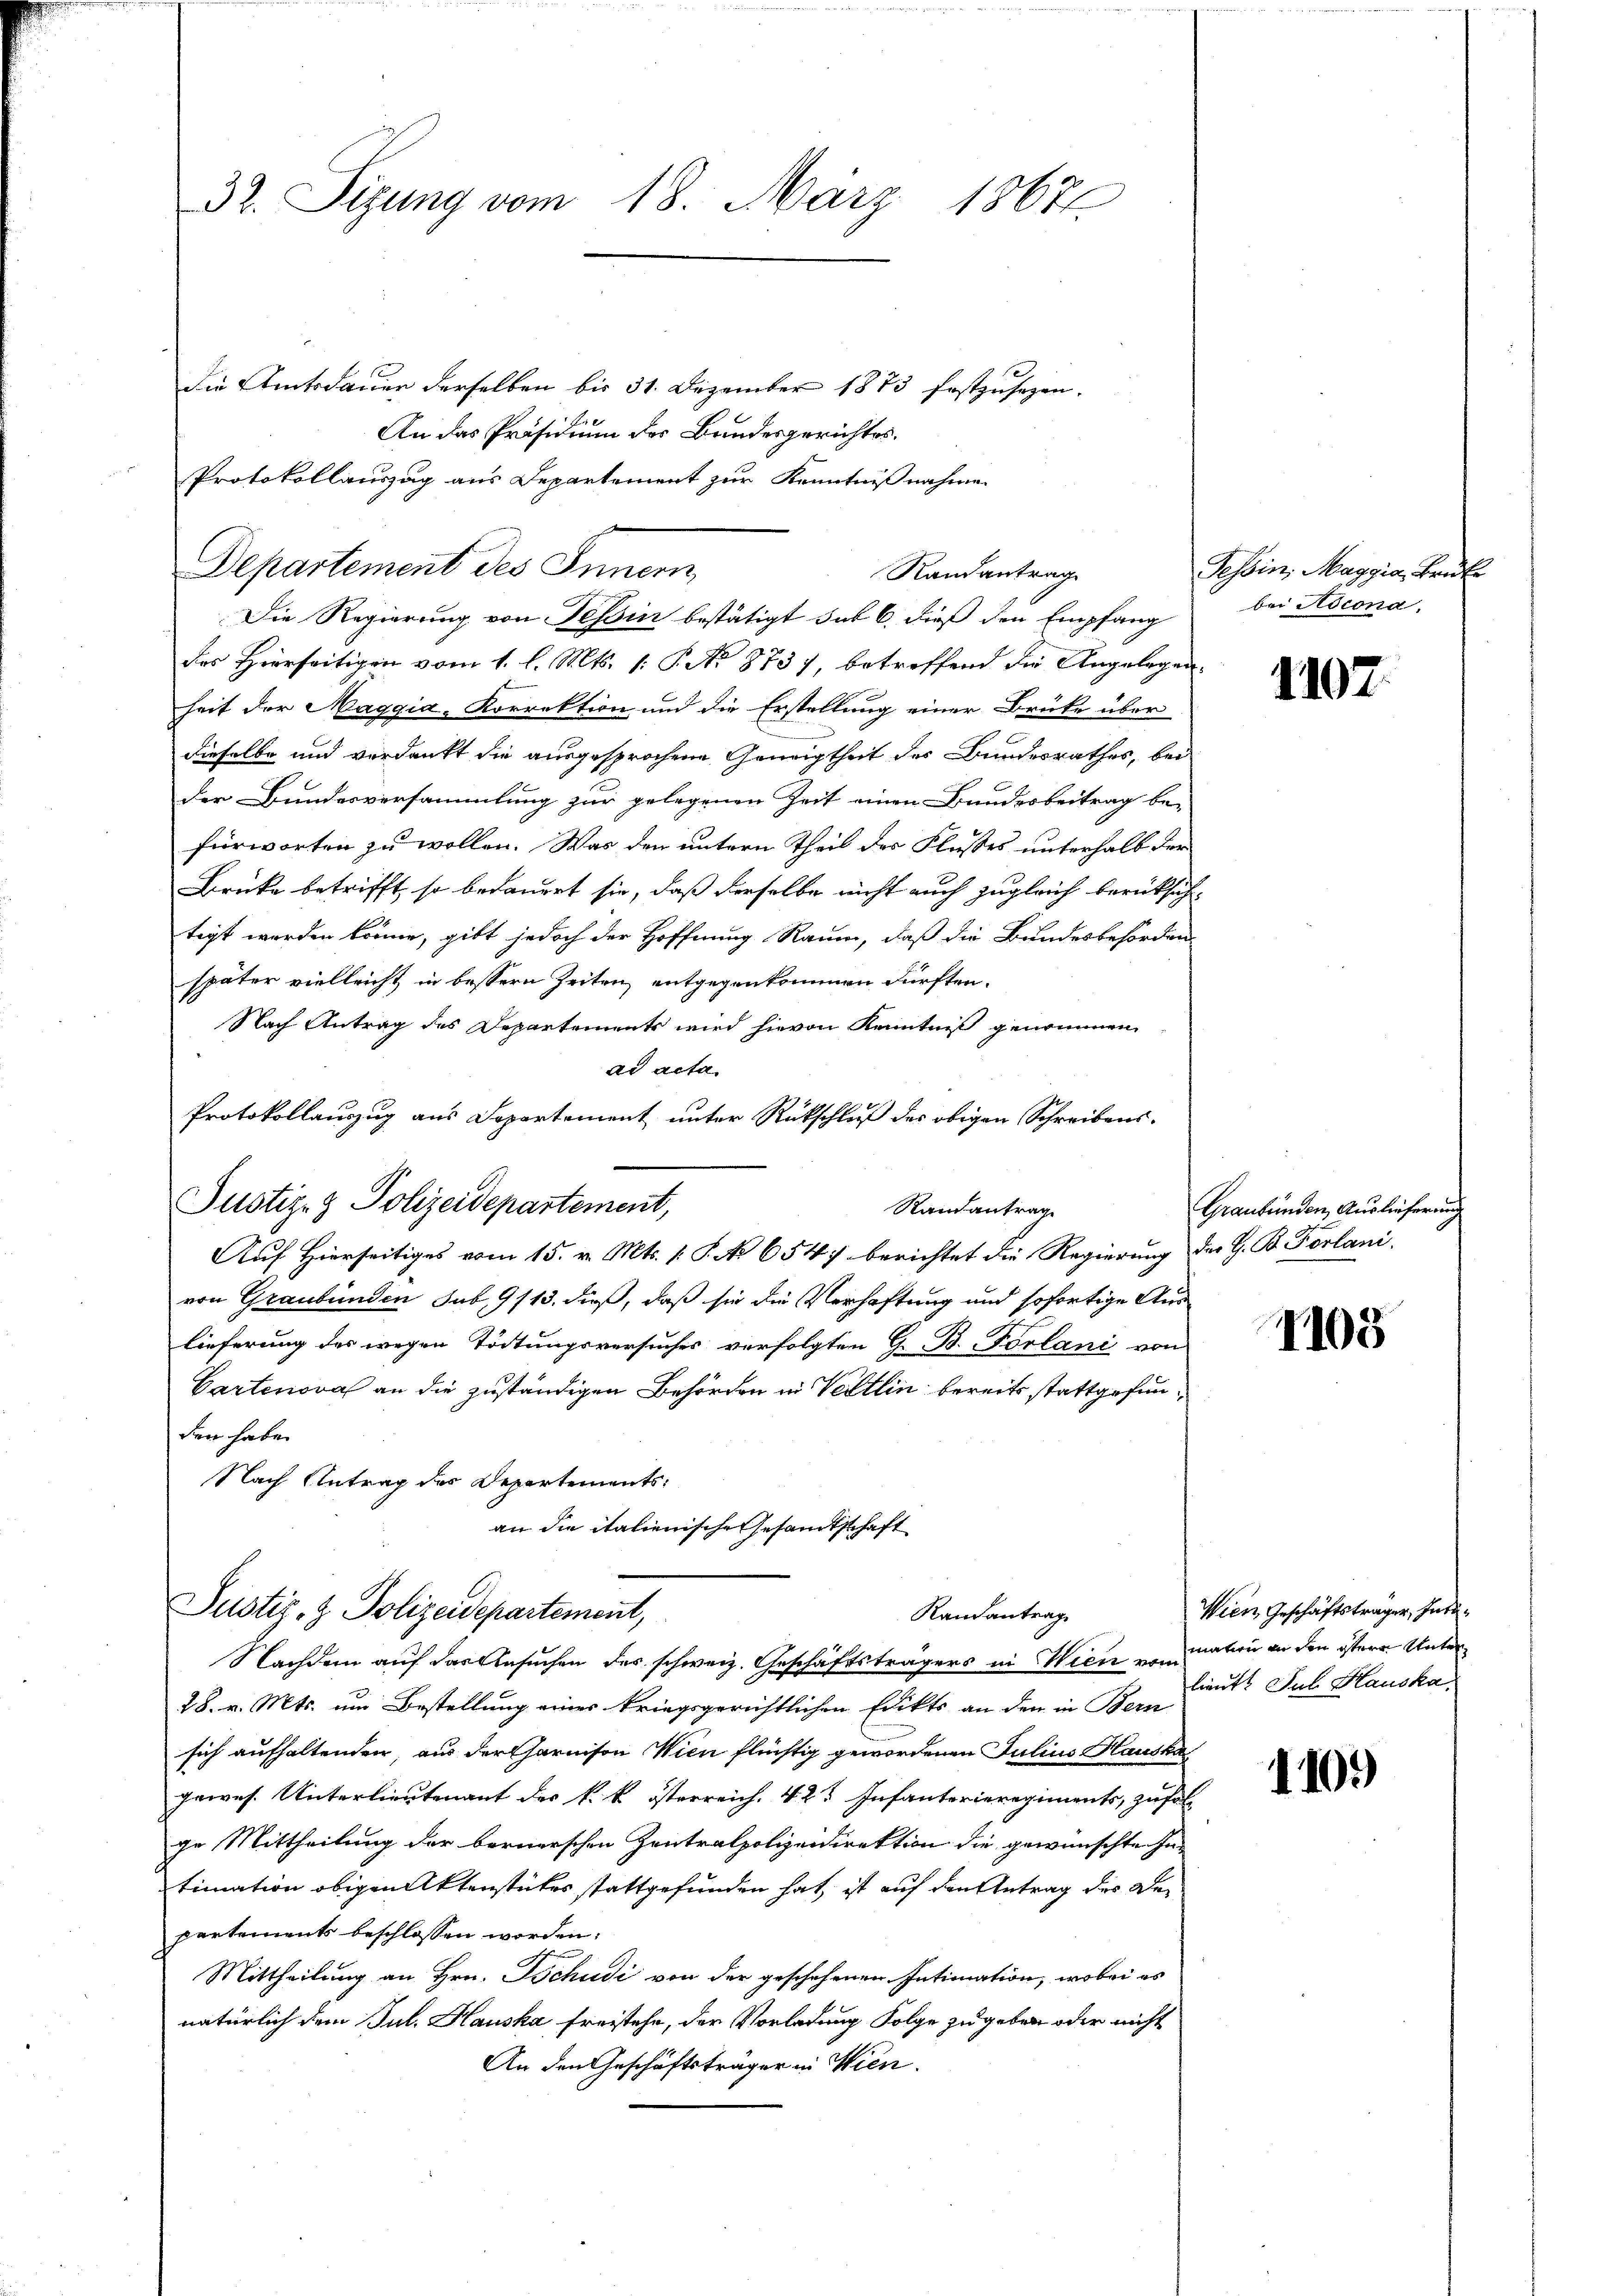
32. Sizung vom 18. März 1867.

die Amtsdauer derselben bis 31. Dezember 1873 festzusehen.
An das Präsidium des Bundesgerichtes.
Protokollauszug aus Departement zur Kenntnißnahmen
Die Regierung von Tessin bestätigt sub 6, dieß den Empfang
47
des Hierseitigen vom 1. l. Mts. 1. P. No 8737, betreffend die Angelegenheit der Maggia-Korrektion und die Erstellung einer Brüke über
dieselbe und verdankt die ausgesprochene Geneigtheit des Bundesrathes, bei
der Bundesversammlung zur gelegenen Zeit einen Bundesbeitrag be-
fürworten zu wollen. Was den untern Theil des Flusses unterhalb der
Brüke betrifft, so bedauert sie, daß derselbe nicht auch zugleich berücksichtigt werden könne, gibt jedoch der Hoffnung Raum, daß die Bundesbehörden
später vielleicht in bessern Zeiten, entgegenkommen dürften.
Nach Antrag des Departements wird hievon Kenntniß genommen,
ad acta.
Protokollauszug aus Separtement unter Rückschluß des obigen Schreibens-
Justiz- & Polizeidepartement,
Randantrag
Auf Hierseitiges vom 15. v. Mts. s. S. No 6547 berichtet die Regierung der G. B. Forlani
von Graubünden sub. 9113. dieß, daß sie die Verhaftung und sofortige Aus
lieferung des wegen Tödtungsversuches verfolgten G. B. Portani von
Cartenova an die zuständigen Behörden in Vertlin bereits stattgefunden habe.
Nach Antrag der Departementsan die italienische Gesamtschaft

Departement des Innern,

Randantrag

Justiz- & Polizeidepartement,
Randantrag
Nachdem auf das Ansuchen des schweiz. Geschäftsträgers in Wien von dation an den östere Unter¬

28. v. Mts. um Bestellung eines kriegsgerichtlichen Edikts an den in Bern
sich aufhaltenden, aus der Garnison Wien flüchtig gewordenen Julius Hauska
gewes. Unterlieutenant der k. k. österreich 42. Infanterieregiments, zufal
ge Mittheilung der bernerschen Zentralpolizeidirektion die gewünschte Intimation obigen Aktenstückes stattgefunden hat, ist auf den Antrag des Departements beschlossen worden:
Mittheilung an Hrn. Tschudi von der geschehenen Intimation, wobei es
natürlich dem Jul. Hauska freistehe, der Vorladung Folge zu geben oder nicht
An den Geschäftsträger in Wien.

Tessin, Maggia, Brüke
bei Ascona.

1107.

Graubünden Auslieferung

7108

Wien Geschäftsträger, Intelieut. Sub Hauska

1109